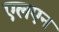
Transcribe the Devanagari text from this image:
एलएन